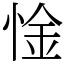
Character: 惍